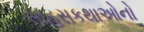
સાહસકથાઓનો